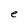
Character: e